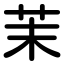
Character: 茉